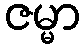
ဇမ္မာ